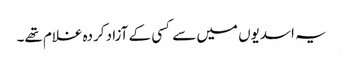
یہ اسدیوں میں سے کسی کے آزاد کردہ غلام تھے۔